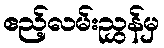
ဧည့်လမ်းညွှန်မှ